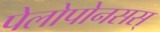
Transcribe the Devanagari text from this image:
पेलोपोनसस्‌